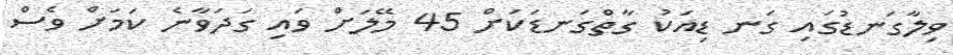
ވިލާގަނޑުގައި ގަނ ޑިއަކު ގާތްގަނޑަކަށް 45 މޭލަށް ވައި ގަދަވާނެ ކަމަށް ވެސް